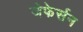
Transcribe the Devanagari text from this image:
जेफेर्सन